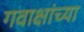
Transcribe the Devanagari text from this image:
गवाक्षांच्या